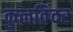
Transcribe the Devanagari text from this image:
कुलविंदर